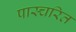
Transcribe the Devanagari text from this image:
पास्चरित